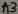
Text: A3